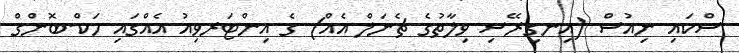
ސްކައި ނިއުސް (އިނގިރޭސި ވިލާތުގެ ޗެނަލް އެއް) ގެ އިންޓަރވިއު އެއްގައި ހަކް-ބޮންގް